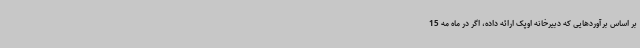
بر اساس برآوردهایی که دبیرخانه اوپک ارائه داده، اگر در ماه مه 15